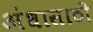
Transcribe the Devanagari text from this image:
अंधासाठी